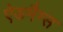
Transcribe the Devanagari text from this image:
ऐडमैग्स